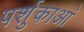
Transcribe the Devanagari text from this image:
पर्शुकाआं